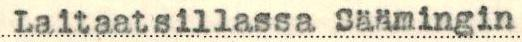
Laitaatsillassa Säämingin